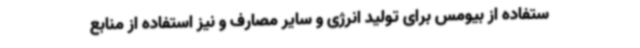
ستفاده از بیومس برای تولید انرژی و سایر مصارف و نیز استفاده از منابع